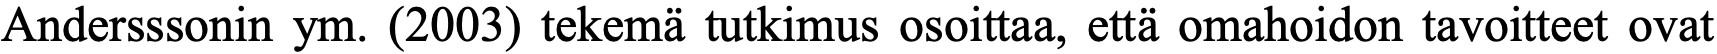
Andersssonin ym. (2003) tekemä tutkimus osoittaa, että omahoidon tavoitteet ovat